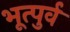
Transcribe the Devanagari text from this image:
भूत्पुर्व